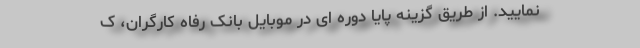
نمایید. از طریق گزینه پایا دوره ای در موبایل بانک رفاه کارگران، ک